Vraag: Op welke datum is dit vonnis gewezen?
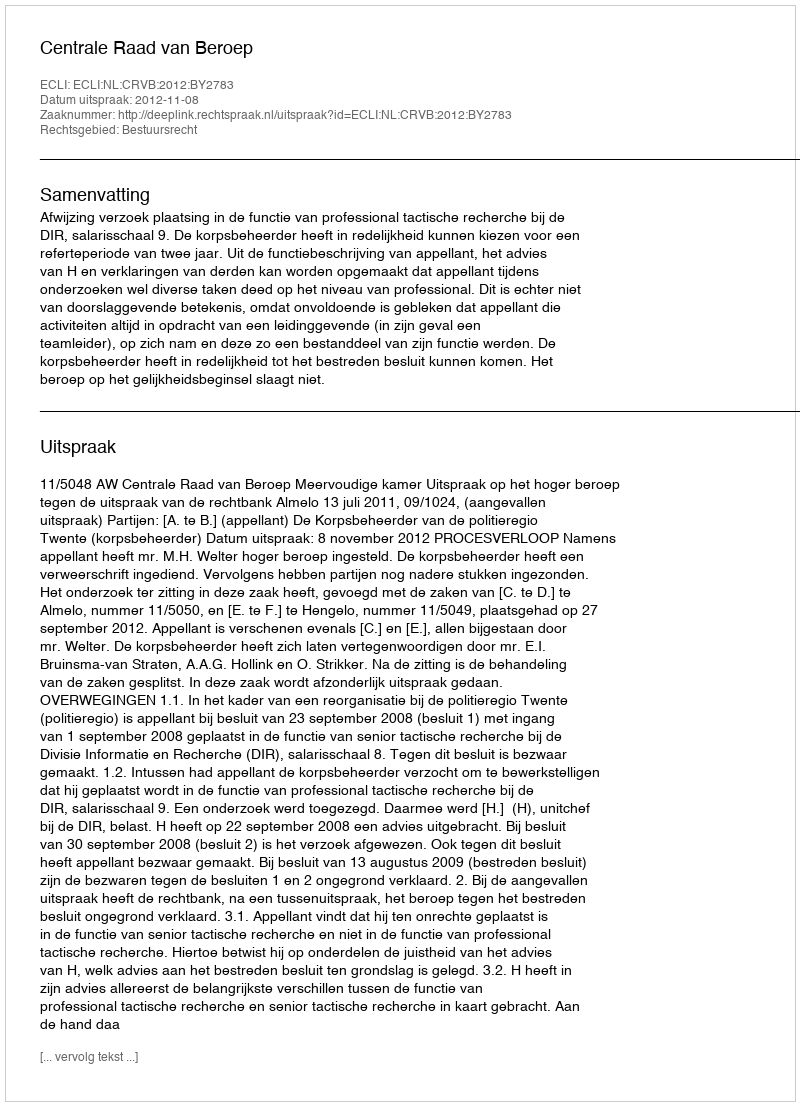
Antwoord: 2012-11-08